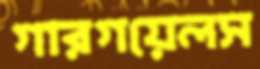
গারগয়েলস